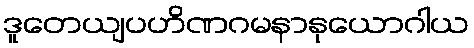
ဒူတေယျပဟိဏဂမနာနုယောဂါယ